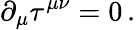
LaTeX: \partial_{\mu}\tau^{\mu\nu}=0\, .